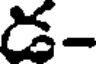
డ-